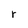
Character: r